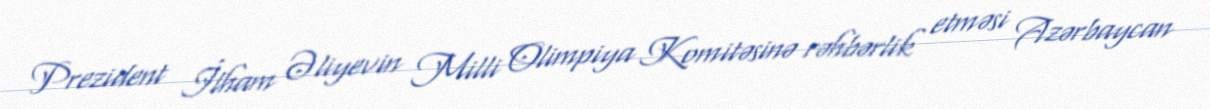
Prezident İlham Əliyevin Milli Olimpiya Komitəsinə rəhbərlik etməsi Azərbaycan